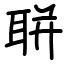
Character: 聠